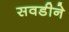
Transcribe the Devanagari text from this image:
सवडीने